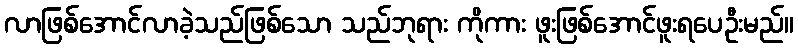
လာဖြစ်အောင်လာခဲ့သည်ဖြစ်သော သည်ဘုရား ကိုကား ဖူးဖြစ်အောင်ဖူးရပေဦးမည်။